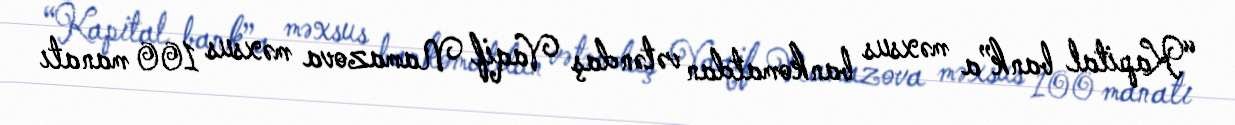
“Kapital bank”a məxsus bankomatdan vətəndaş Vaqif Namazova məxsus 100 manatı